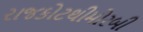
રાજકોટથીમોરબી